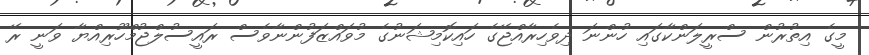
މީގެ އިތުރުން ސްރީލަންކާގައި ހުންނަ ދިވެހިރާއްޖޭގެ ހައިކޮމިޝަނުގެ މުވައްޒަފުންނާވެސް ރައީސުލްޖުމްހޫރިއްޔާ ވަނީ ރޭ